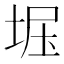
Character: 𫭺